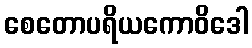
စေတောပရိယကောဝိဒေါ